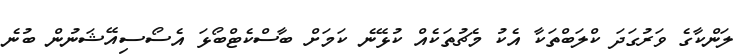
ލަންކާގެ ވަރުގަދަ ކްލަބްތަކާ އެކު މެޗުތަކެއް ކުޅޭނެ ކަމަށް ބާސްކެޓްބޯޅަ އެސޯސިއޭޝަނުން ބުނެ